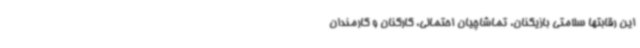
این رقابتها سلامتی بازیکنان، تماشاچیان احتمالی، کارکنان و کارمندان